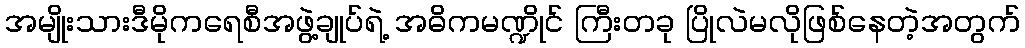
အမျိုးသားဒီမိုကရေစီအဖွဲ့ချုပ်ရဲ့ အဓိကမဏ္ဍိုင် ကြီးတခု ပြိုလဲမလိုဖြစ်နေတဲ့အတွက်